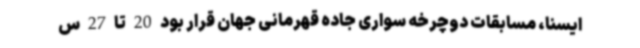
ایسنا، مسابقات دوچرخه سواری جاده قهرمانی جهان قرار بود 20 تا 27 س